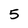
Character: 5